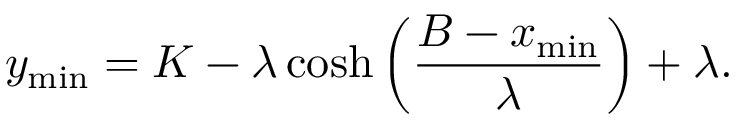
y _ { \mathrm { m i n } } = K - \lambda \cosh \left( \frac { B - x _ { \mathrm { m i n } } } { \lambda } \right) + \lambda .